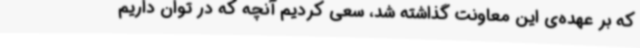
که بر عهده‌ی‌ این معاونت گذاشته شد، سعی کردیم آنچه که در توان داریم